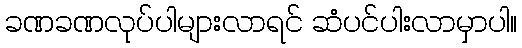
ခဏခဏလုပ်ပါများလာရင် ဆံပင်ပါးလာမှာပါ။